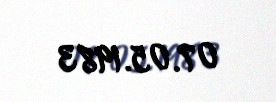
07.05.1983